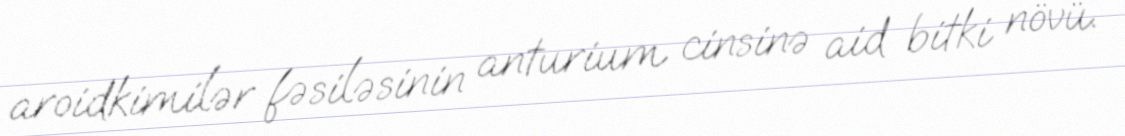
aroidkimilər fəsiləsinin anturium cinsinə aid bitki növü.